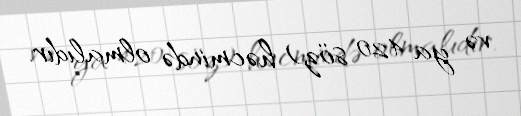
və ya 420 söz) həcmində olmalıdır.